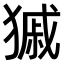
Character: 𤠽